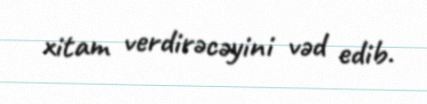
xitam verdirəcəyini vəd edib.